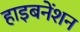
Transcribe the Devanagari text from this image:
हाइबनेंशन